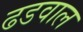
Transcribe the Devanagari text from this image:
ढडवाल